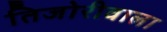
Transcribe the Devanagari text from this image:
तिजोरीवाला